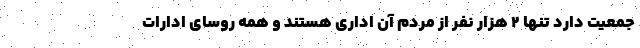
جمعیت دارد تنها 2 هزار نفر از مردم آن اداری هستند و همه روسای ادارات